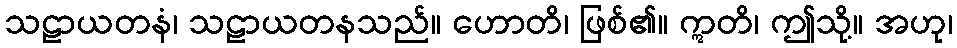
သဠာယတနံ၊ သဠာယတနသည်။ ဟောတိ၊ ဖြစ်၏။ ဣတိ၊ ဤသို့။ အဟု၊